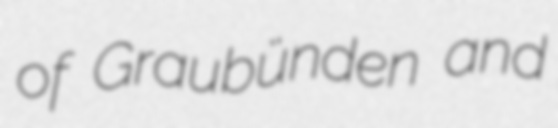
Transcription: of Graubünden and